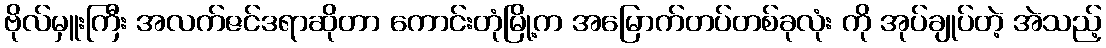
ဗိုလ်မှူးကြီး အလက်ဇင်ဒရာဆိုတာ ကောင်းတုံမြို့က အမြောက်တပ်တစ်ခုလုံး ကို အုပ်ချုပ်တဲ့ အဲသည့်